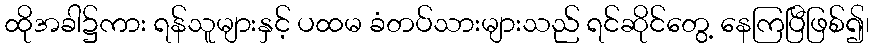
ထိုအခါ၌ကား ရန်သူများနှင့် ပထမ ခံတပ်သားများသည် ရင်ဆိုင်တွေ့ နေကြပြီဖြစ်၍၊